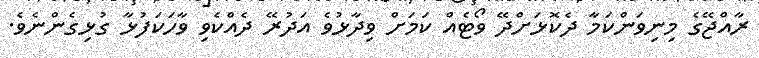
ރާއްޖޭގެ މިނިވަންކަމާ ދެކޮޅަށްދޭ ވޯޓެއް ކަމަށް ވިދާޅުވެ އަދުރޭ ދެއްކެވި ވާހަކަފުޅާ ގުޅިގެންނެވެ.